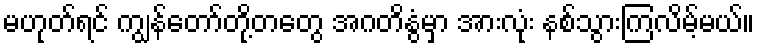
မဟုတ်ရင် ကျွန်တော်တို့တတွေ အဂတိနွံမှာ အားလုံး နစ်သွားကြလိမ့်မယ်။